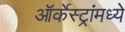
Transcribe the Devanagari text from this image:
ऑर्केस्ट्रांमध्ये